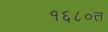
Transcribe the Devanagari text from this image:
१६८०त